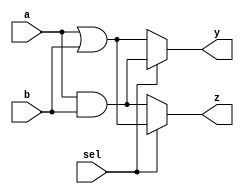
module combinational_logic (
    input wire a,       // Input signal a
    input wire b,       // Input signal b
    input wire sel,     // Selection signal for MUX
    output reg y,       // Output signal y
    output reg z        // Output signal z
);

    // Sensitivity list includes the signals that trigger the block
    always @ (a or b or sel) begin
        // Continuous assignment using the = operator
        if (sel) begin
            // If sel is high, assign the output to a logical operation
            y = a & b;   // AND operation
            z = a | b;   // OR operation
        end else begin
            // If sel is low, assign different logic to the outputs
            y = a | b;   // OR operation
            z = a & b;   // AND operation
        end
    end

endmodule